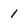
Character: 1